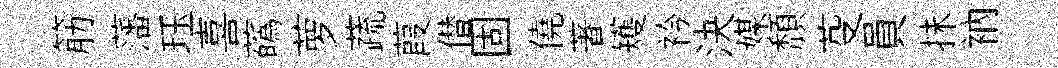
筋藩珏喜蘤萝蔬葭僣固僥著矱衿決媒頽芟員抺衲